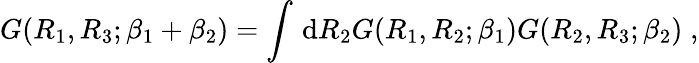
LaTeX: G(R_{1},R_{3};\beta_{1}+\beta_{2})=\int\, \mathrm{d}R_{2}G(R_{1},R_{2};\beta_{1})G(R_{2},R_{3};\beta_{2})\; ,